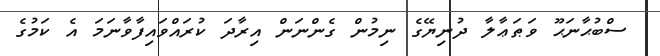
ސްބުޙާނަޙޫ ވަޠަޢާލާ ދުނިޔޭގެ ނިމުން ގެންނަން އިރާދަ ކުރައްވައިފާވާނަމަ އެ ކަމުގެ